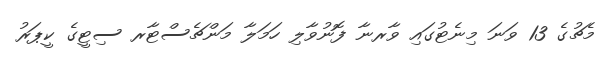
މެޗުގެ 13 ވަނަ މިނެޓުގައި ވާރނާ ފޮނުވާލި ހަމަލާ މަންޗެސްޓާރ ސިޓީގެ ކީޕަރު